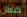
كبطل